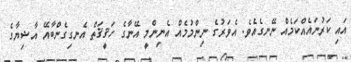
އައި ކަރުނައެއްކަމެއް ނޭނގެއެވެ. އެވަރުގެ ނިންމުމެއް އެނިންމީ އޭނާގެ ހަޤީޤަތް އެނގިގެންބާއޭ އާޝިޔާގެ